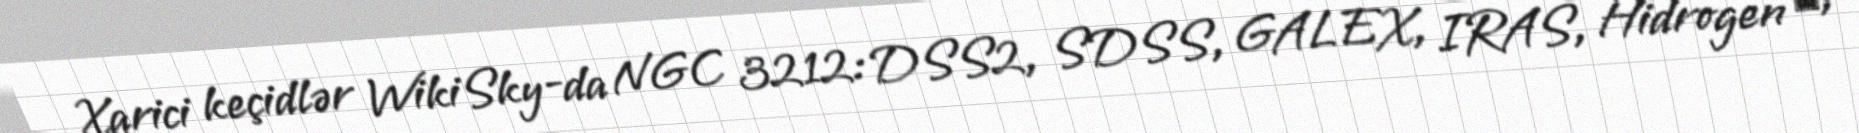
Xarici keçidlər WikiSky-da NGC 3212: DSS2, SDSS, GALEX, IRAS, Hidrogen α,